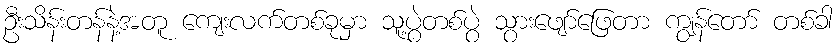
ဦးသိန်းတန်နဲ့အတူ ကျေးလက်တစ်ခုမှာ သူ့ပွဲတစ်ပွဲ သွားဖျော်ဖြေတာ ကျွန်တော် တစ်ခါ